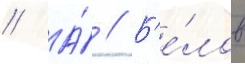
// А́ // Б'е́лов